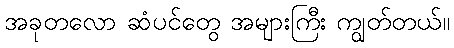
အခုတလော ဆံပင်တွေ အများကြီး ကျွတ်တယ်။